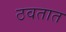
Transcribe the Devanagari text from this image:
ठवतात